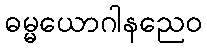
ဓမ္မယောဂါနညေဝ